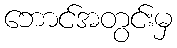
ဘောင်အတွင်းမှ